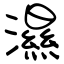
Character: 濕